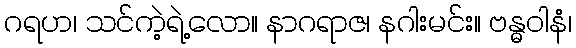
ဂရဟ၊ သင်ကဲ့ရဲ့လော။ နာဂရာဇ၊ နဂါးမင်း။ ဗန္ဓဝါနံ၊